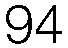
94